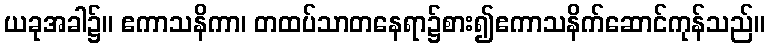
ယခုအခါ၌။ ဧကာသနိကာ၊ တထပ်သာတနေရာ၌စား၍ဧကာသနိက်ဆောင်ကုန်သည်။